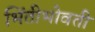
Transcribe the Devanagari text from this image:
भिंतीभोवती